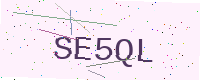
Text: SE5QL